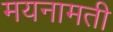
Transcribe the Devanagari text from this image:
मयनामती